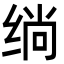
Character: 绱